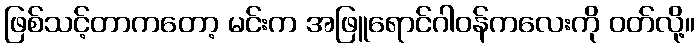
ဖြစ်သင့်တာကတော့ မင်းက အဖြူရောင်ဂါဝန်ကလေးကို ဝတ်လို့။